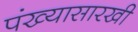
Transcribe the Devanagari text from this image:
पंख्यासारखी